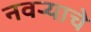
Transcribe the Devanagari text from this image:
नवर्‍याचे